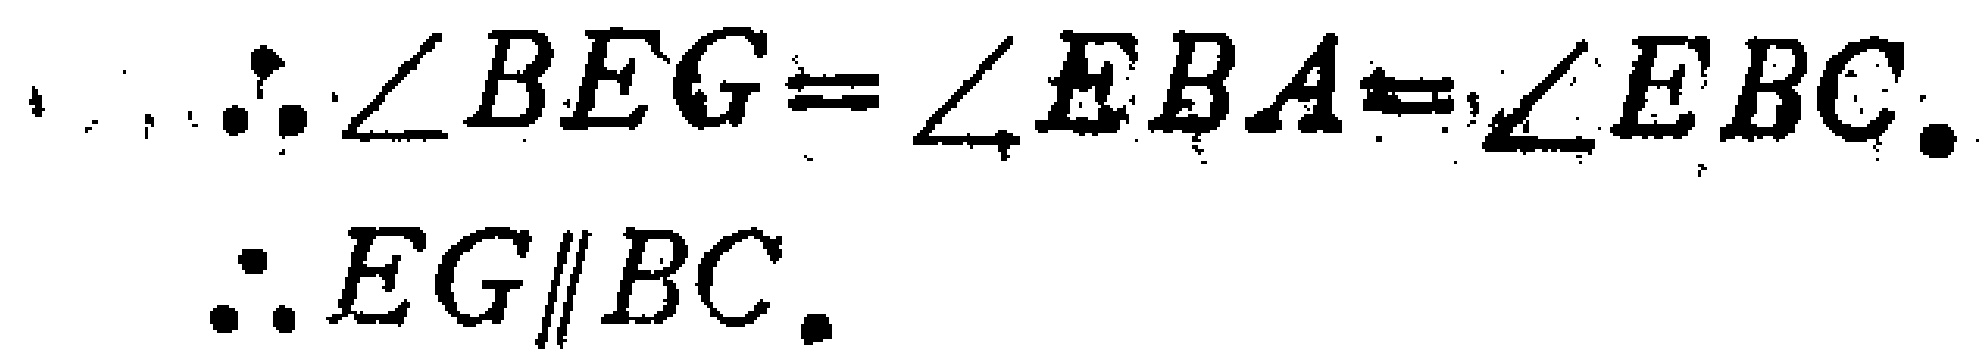
\(\therefore \angle BEG = \angle EBA = \angle EBC.\)
\(\therefore EG\parallel BC.\)